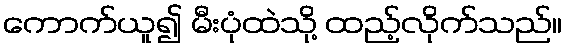
ကောက်ယူ၍ မီးပုံထဲသို့ ထည့်လိုက်သည်။